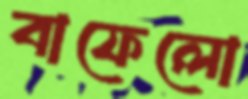
বাফেলো